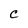
Character: C